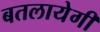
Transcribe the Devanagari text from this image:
बतलायेगी